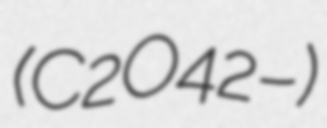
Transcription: (C2O42−)